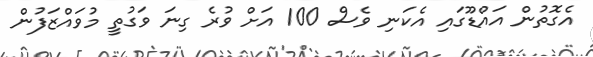
އެގޮތުން އައްޑޫގައި އެކަނި ވެސް 100 އަށް ވުރެ ގިނަ ވަގުތީ މުވައްޒަފުން